Lock hospitals Punjab
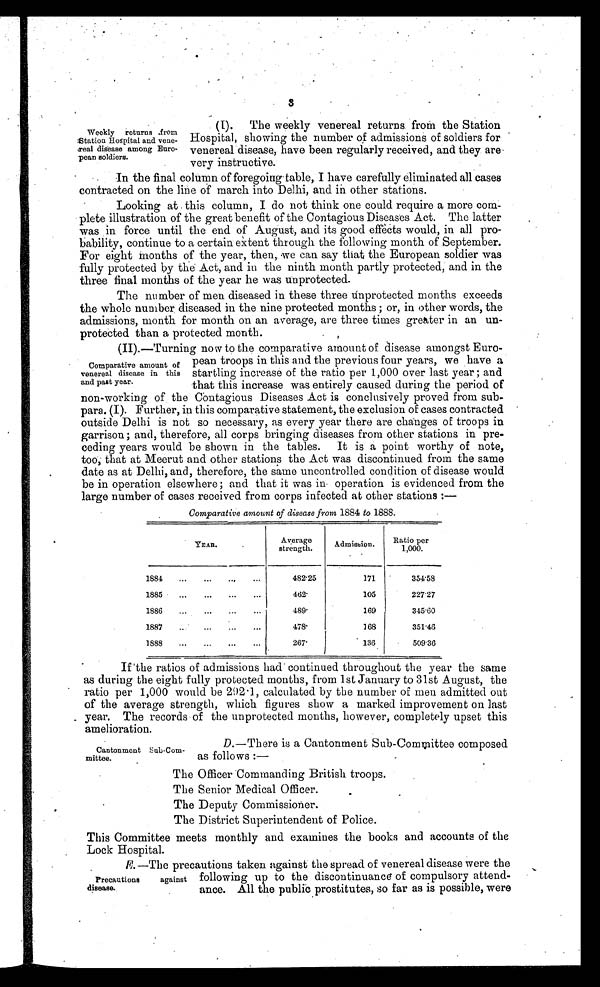
3
(I). The weekly venereal returns from the Station
Hospital, showing the number of admissions of soldiers for
venereal disease, have been regularly received, and they are
very instructive.
In the final column of foregoing table, I have carefully eliminated all cases
contracted on the line of march into Delhi, and in other stations.
Looking at this column, I do not think one could require a more com-
plete illustration of the great benefit of the Contagious Diseases Act. The latter
was in force until the end of August, and its good effects would, in all pro-
bability, continue to a certain extent through the following month of September.
For eight Months of the year, then, we can say that the European soldier was
fully protected by the Act, and in the ninth month partly protected, and in the
three final months of the year he was unprotected.
The number of men diseased in these three únprotected months exceeds
the whole number diseased in the nine protected months ; or, in other words, the
admissions, month for month on an average, are three times greater in an un-
protected than a protected month.
(II).—Turning now to the comparative amount of disease amongst Euro-
pean troops in this and the previous four years, we have a
startling increase of the ratio per 1,000 over last year ; and
that this increase was entirely caused during the period of
non-working of the Contagious Diseases Act is conclusively proved from sub-
para. (I). Further, in this comparative statement, the exclusion of cases contracted
outside Delhi is not so necessary, as every year there are changes of troops in
garrison; and, therefore, all corps bringing diseases from other stations in pre-
ceding years would be shown in the tables. It is a point worthy of note,
too; that at Meerut and other stations the Act was discontinued from the same
date as at Delhi, and, therefore, the same uncontrolled condition of disease would
be in operation elsewhere; and that it was in operation is evidenced from the
large number of cases received from corps infected at other stations :
—
Comparative amount of disease from 1884 to 1888.
YEAR.
Average
strength.
Admission.
Ratio per
1,000.
1884
...
. . .
. . .
. . .
482.25
171
354.58
1885
...
. . .
. . .
. . .
462
105
227.27
1886
...
. . .
. . .
. . .
489
169
345.60
1887
...
...
...
...
478
168
351.46
1888
...
. . .
. . .
. . .
267
136
509.36
If the ratios of admissions had continued throughout the year the same
as during the eight fully protected months, from 1st January to 31st August, the
ratio per 1,000 would be 292.1, calculated by the number of men admitted out
of the average strength, which figures show a marked improvement on last
year. The records of the unprotected months, however, completely upset this
amelioration.
D.—There is a Cantonment Sub-Committee composed
as follows :—
The Officer Commanding British troops.
The Senior Medical Officer.
The Deputy Commissioner.
The District Superintendent of Police.
This Committee meets monthly and examines the books and accounts of the
Lock Hospital.
E.—The precautions taken against the spread of venereal disease were the
following up to the discontinuance of compulsory attend-
ance. All the public prostitutes, so far as is possible, were
.
Weekly returns from
Station Hospital and vene-
real disease among Euro-
pean soldiers.
Comparative amount of
venereal disease in this
and past year.
Cantonment Sub-Com-
mittee.
Precautions against
disease.